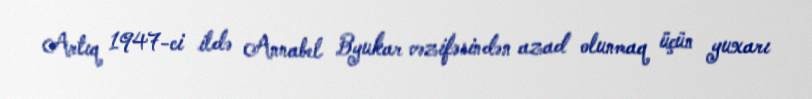
Artıq 1947-ci ildə Annabel Byukar vəzifəsindən azad olunmaq üçün yuxarı